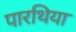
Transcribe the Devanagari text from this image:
पारथिया